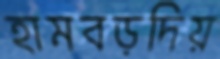
হামবড়দিয়